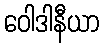
ဝေါဒါနီယာ